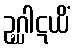
ဥဂ္ဃါဋယိံ